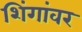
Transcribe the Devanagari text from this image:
शिंगांवर